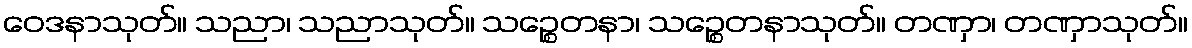
ဝေဒနာသုတ်။ သညာ၊ သညာသုတ်။ သဉ္စေတနာ၊ သဉ္စေတနာသုတ်။ တဏှာ၊ တဏှာသုတ်။